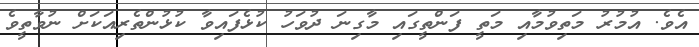
އެވެ. އުމުރު މަތިވުމާއި މަތީ ފަންތީގައި މާގިނަ ދުވަހު ކުޅެފައިވާ ކުޅުންތެރިއަކަށް ނުވާތީވެ